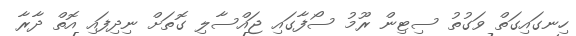
ހިނގައިގަތް ވަގުތު ސިޓިން ރޫމު ސޯފާގައި ޖައްސާލި ގޮތަށް ނިދިފައި އޮތް ދާރާ